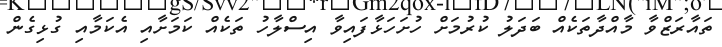
ތައާރަޒްވާ މާއްދާތަކެއް ބަދަލު ކުރުމަށް ހުށަހަޅާފައިވާ އިސްލާހު ތަކެއް ކަމަށާއި އެކަމާއި ގުޅިގެން